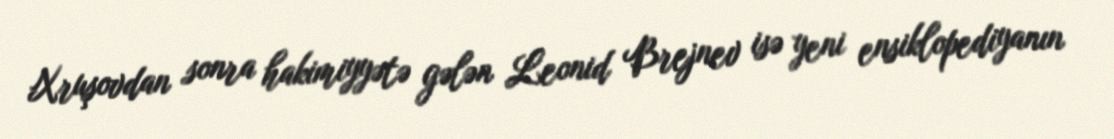
Xruşovdan sonra hakimiyyətə gələn Leonid Brejnev isə yeni ensiklopediyanın